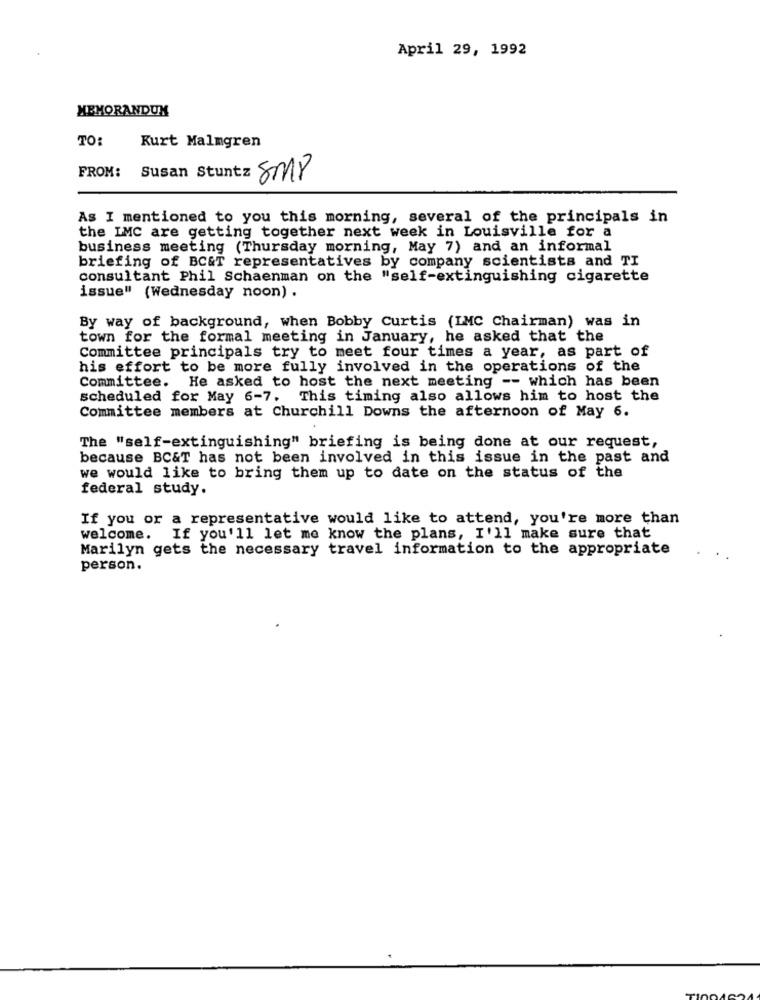
April 29, 1992
MEMORANDUM
TO:
Kurt Malmgren
FROM: Susan Stuntz 8M18
As I mentioned to you this morning, several of the principals in
the LMC are getting together next week in Louisville for a
business meeting (Thursday morning, May 7) and an informal
briefing of BC&T representatives by company scientists and TI
consultant Phil Schaenman on the "self-extinguishing cigarette
issue" (Wednesday noon) .
By way of background, when Bobby Curtis (IMC Chairman) was in
town for the formal meeting in January, he asked that the
Committee principals try to meet four times a year, as part of
his effort to be more fully involved in the operations of the
Committee. He asked to host the next meeting -- which has been
scheduled for May 6-7. This timing also allows him to host the
Committee members at Churchill Downs the afternoon of May 6.
The "self-extinguishing" briefing is being done at our request,
because BC&T has not been involved in this issue in the past and
we would like to bring them up to date on the status of the
federal study.
If you or a representative would like to attend, you're more than
welcome.
If you'll let me know the plans, I'll make sure that
Marilyn gets the necessary travel information to the appropriate
person.